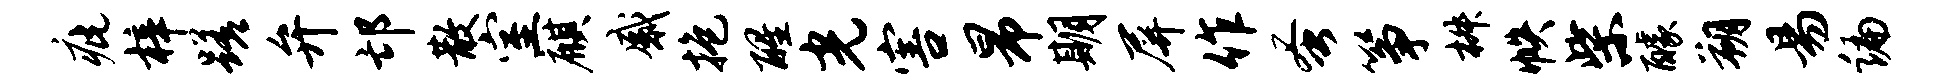
疵梓蹉弁邙散室麒感抱醒光害昂期屏作蚤筝椒帙柴醵朔易编